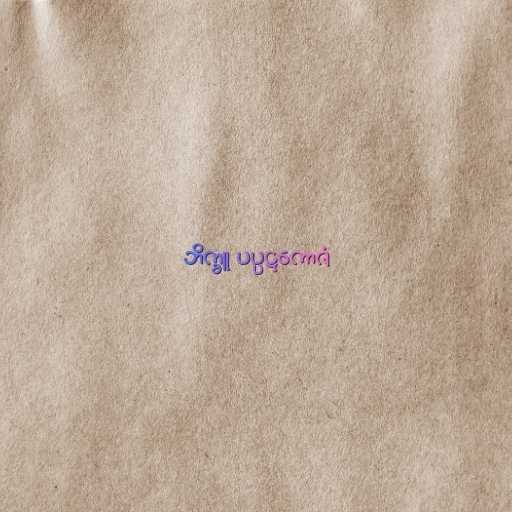
ဘိက္ခူ ပပ္ပဋကောဇံ